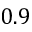
0 . 9